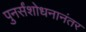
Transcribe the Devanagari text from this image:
पुनर्संशोधनानंतर